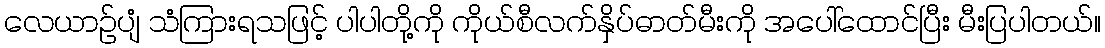
လေယာဉ်ပျံ သံကြားရသဖြင့် ပါပါတို့ကို ကိုယ်စီလက်နှိပ်ဓာတ်မီးကို အပေါ်ထောင်ပြီး မီးပြပါတယ်။